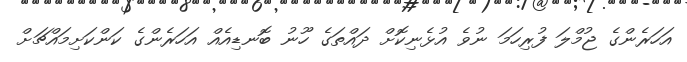
އަހަރެންގެ ޖުމްލަ ފުރިހަމަ ނުވެ އުޅެނިކޮށް ދައްތަގެ ހޫނު ބޮނޑިއެއް އަހަރެންގެ ކަންކަށިމައްޗަށް